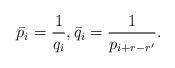
LaTeX: \begin{align*}\bar p_i=\frac1{q_i}, \bar q_i=\frac1{p_{i+r-r'}}.\end{align*}